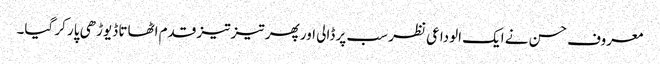
معروف حسن نے ایک الوداعی نظر سب پر ڈالی اور پھر تیز تیز قدم اٹھاتا ڈیوڑھی پار کر گیا۔